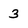
Character: 3